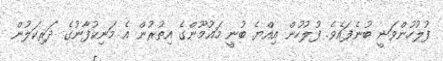
ފުލުހުންވަނީ ބުނެފައެވެ. ފުލުހުން އިއްޔެ ބުނީ މައުމޫންގެ އިތުރުން އެ މަނިކުފާނުގެ ދަރިކަލުން